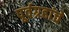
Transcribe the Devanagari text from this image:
पूर्वग्रहांचे